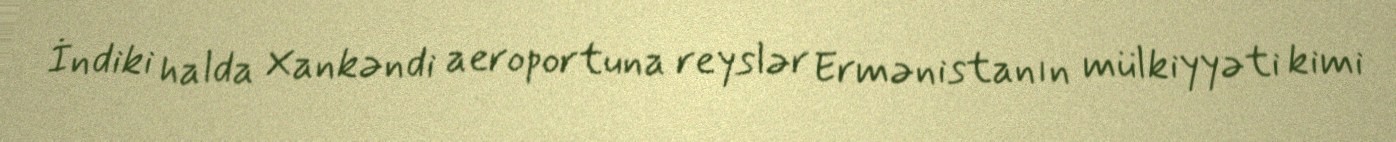
İndiki halda Xankəndi aeroportuna reyslər Ermənistanın mülkiyyəti kimi